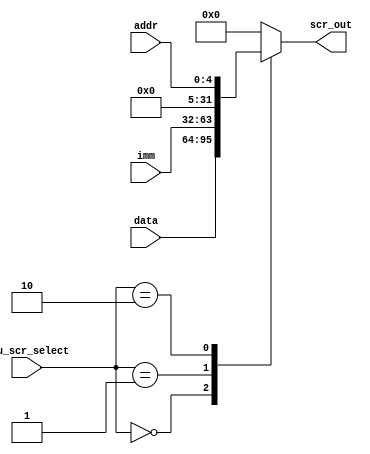
module alu_scr_mux(scr_out, imm, data, addr, alu_scr_select);
  
    parameter sel_reg = 2'b00, sel_imm = 2'b01, sel_addr = 2'b10;

    parameter DataSize = 32;
    parameter AddrSize = 5;

    input [DataSize-1:0]imm;
    input [DataSize-1:0]data;
    input [AddrSize-1:0]addr;
    input [1:0]alu_scr_select;
    
    output [DataSize-1:0]scr_out;

    reg [DataSize-1:0]scr_out;

    always @(imm or data or addr or alu_scr_select) begin
      case (alu_scr_select)
        sel_reg  : begin 
                    scr_out = data;
                   end
        sel_imm  : begin 
                    scr_out = imm;
                   end
        sel_addr : begin 
                    scr_out = addr;
                   end
        default  : begin 
                    scr_out = 32'b0;
                   end
      endcase
    end
endmodule